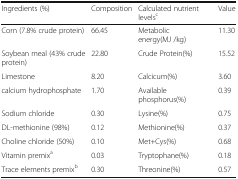
| Ingredients (%) | Composition | Calculated nutrient levelsc | Value |
 | --- | --- | --- | --- |
 | Corn (7.8% crude protein) | 66.45 | Metabolic energy(MJ /kg) | 11.30 |
 | Soybean meal (43% crude protein) | 22.80 | Crude Protein(%) | 15.52 |
 | Limestone | 8.20 | Calcicum(%) | 3.60 |
 | calcium hydrophosphate | 1.70 | Available phosphorus(%) | 0.39 |
 | Sodium chloride | 0.30 | Lysine(%) | 0.75 |
 | DL-methionine (98%) | 0.12 | Methionine(%) | 0.37 |
 | Choline chloride (50%) | 0.10 | Met+Cys(%) | 0.68 |
 | Vitamin premixa | 0.03 | Tryptophane(%) | 0.18 |
 | Trace elements premixb | 0.30 | Threonine(%) | 0.57 |